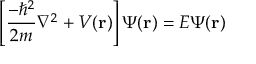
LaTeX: \left[ { \frac { - \hbar ^ { 2 } } { 2 m } } \nabla ^ { 2 } + V ( \mathbf { r } ) \right] \Psi ( \mathbf { r } ) = E \Psi ( \mathbf { r } )